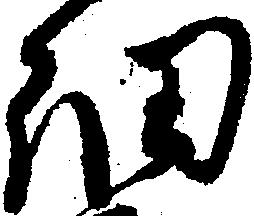
細